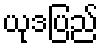
ယုဒပြည်